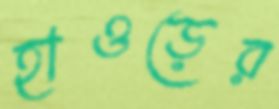
হাওড়ের